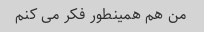
من هم همینطور فکر می کنم